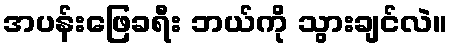
အပန်းဖြေခရီး ဘယ်ကို သွားချင်လဲ။